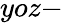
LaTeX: yoz-